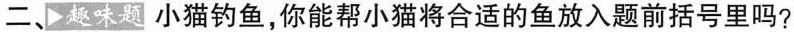
二、趣味题 小猫钓鱼,你能帮小猫将合适的鱼放入题前括号里吗?